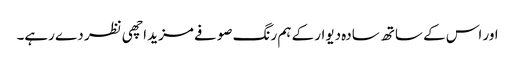
اور اس کے ساتھ سادہ دیوار کے ہم رنگ صوفے مزید اچھی نظر دے رہے۔